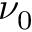
\nu _ { 0 }